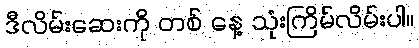
ဒီလိမ်းဆေးကို တစ် နေ့ သုံးကြိမ်လိမ်းပါ။